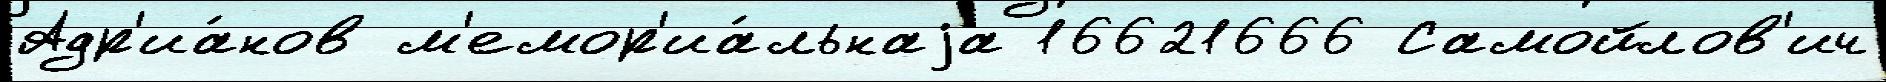
Адр'иа́нов м'емор'иа́льнаjа 16621666 Самойлов'ич